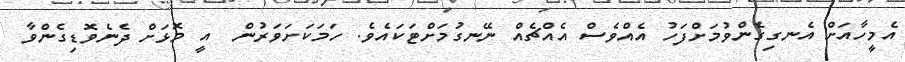
އެމީހާއަށް އެނގިގެންވުމަށްފަހު އެއްވެސް އެއްޗެއް ނޭނގުމަށްޓަކައެވެ. ހަމަކަށަވަރުން  އީ މޮޅަށް ދެނެވޮޑިގެންވާ